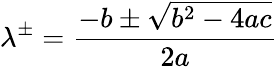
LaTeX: \lambda^{\pm}=\frac{-b\pm\sqrt{b^{2}-4ac}}{2a}